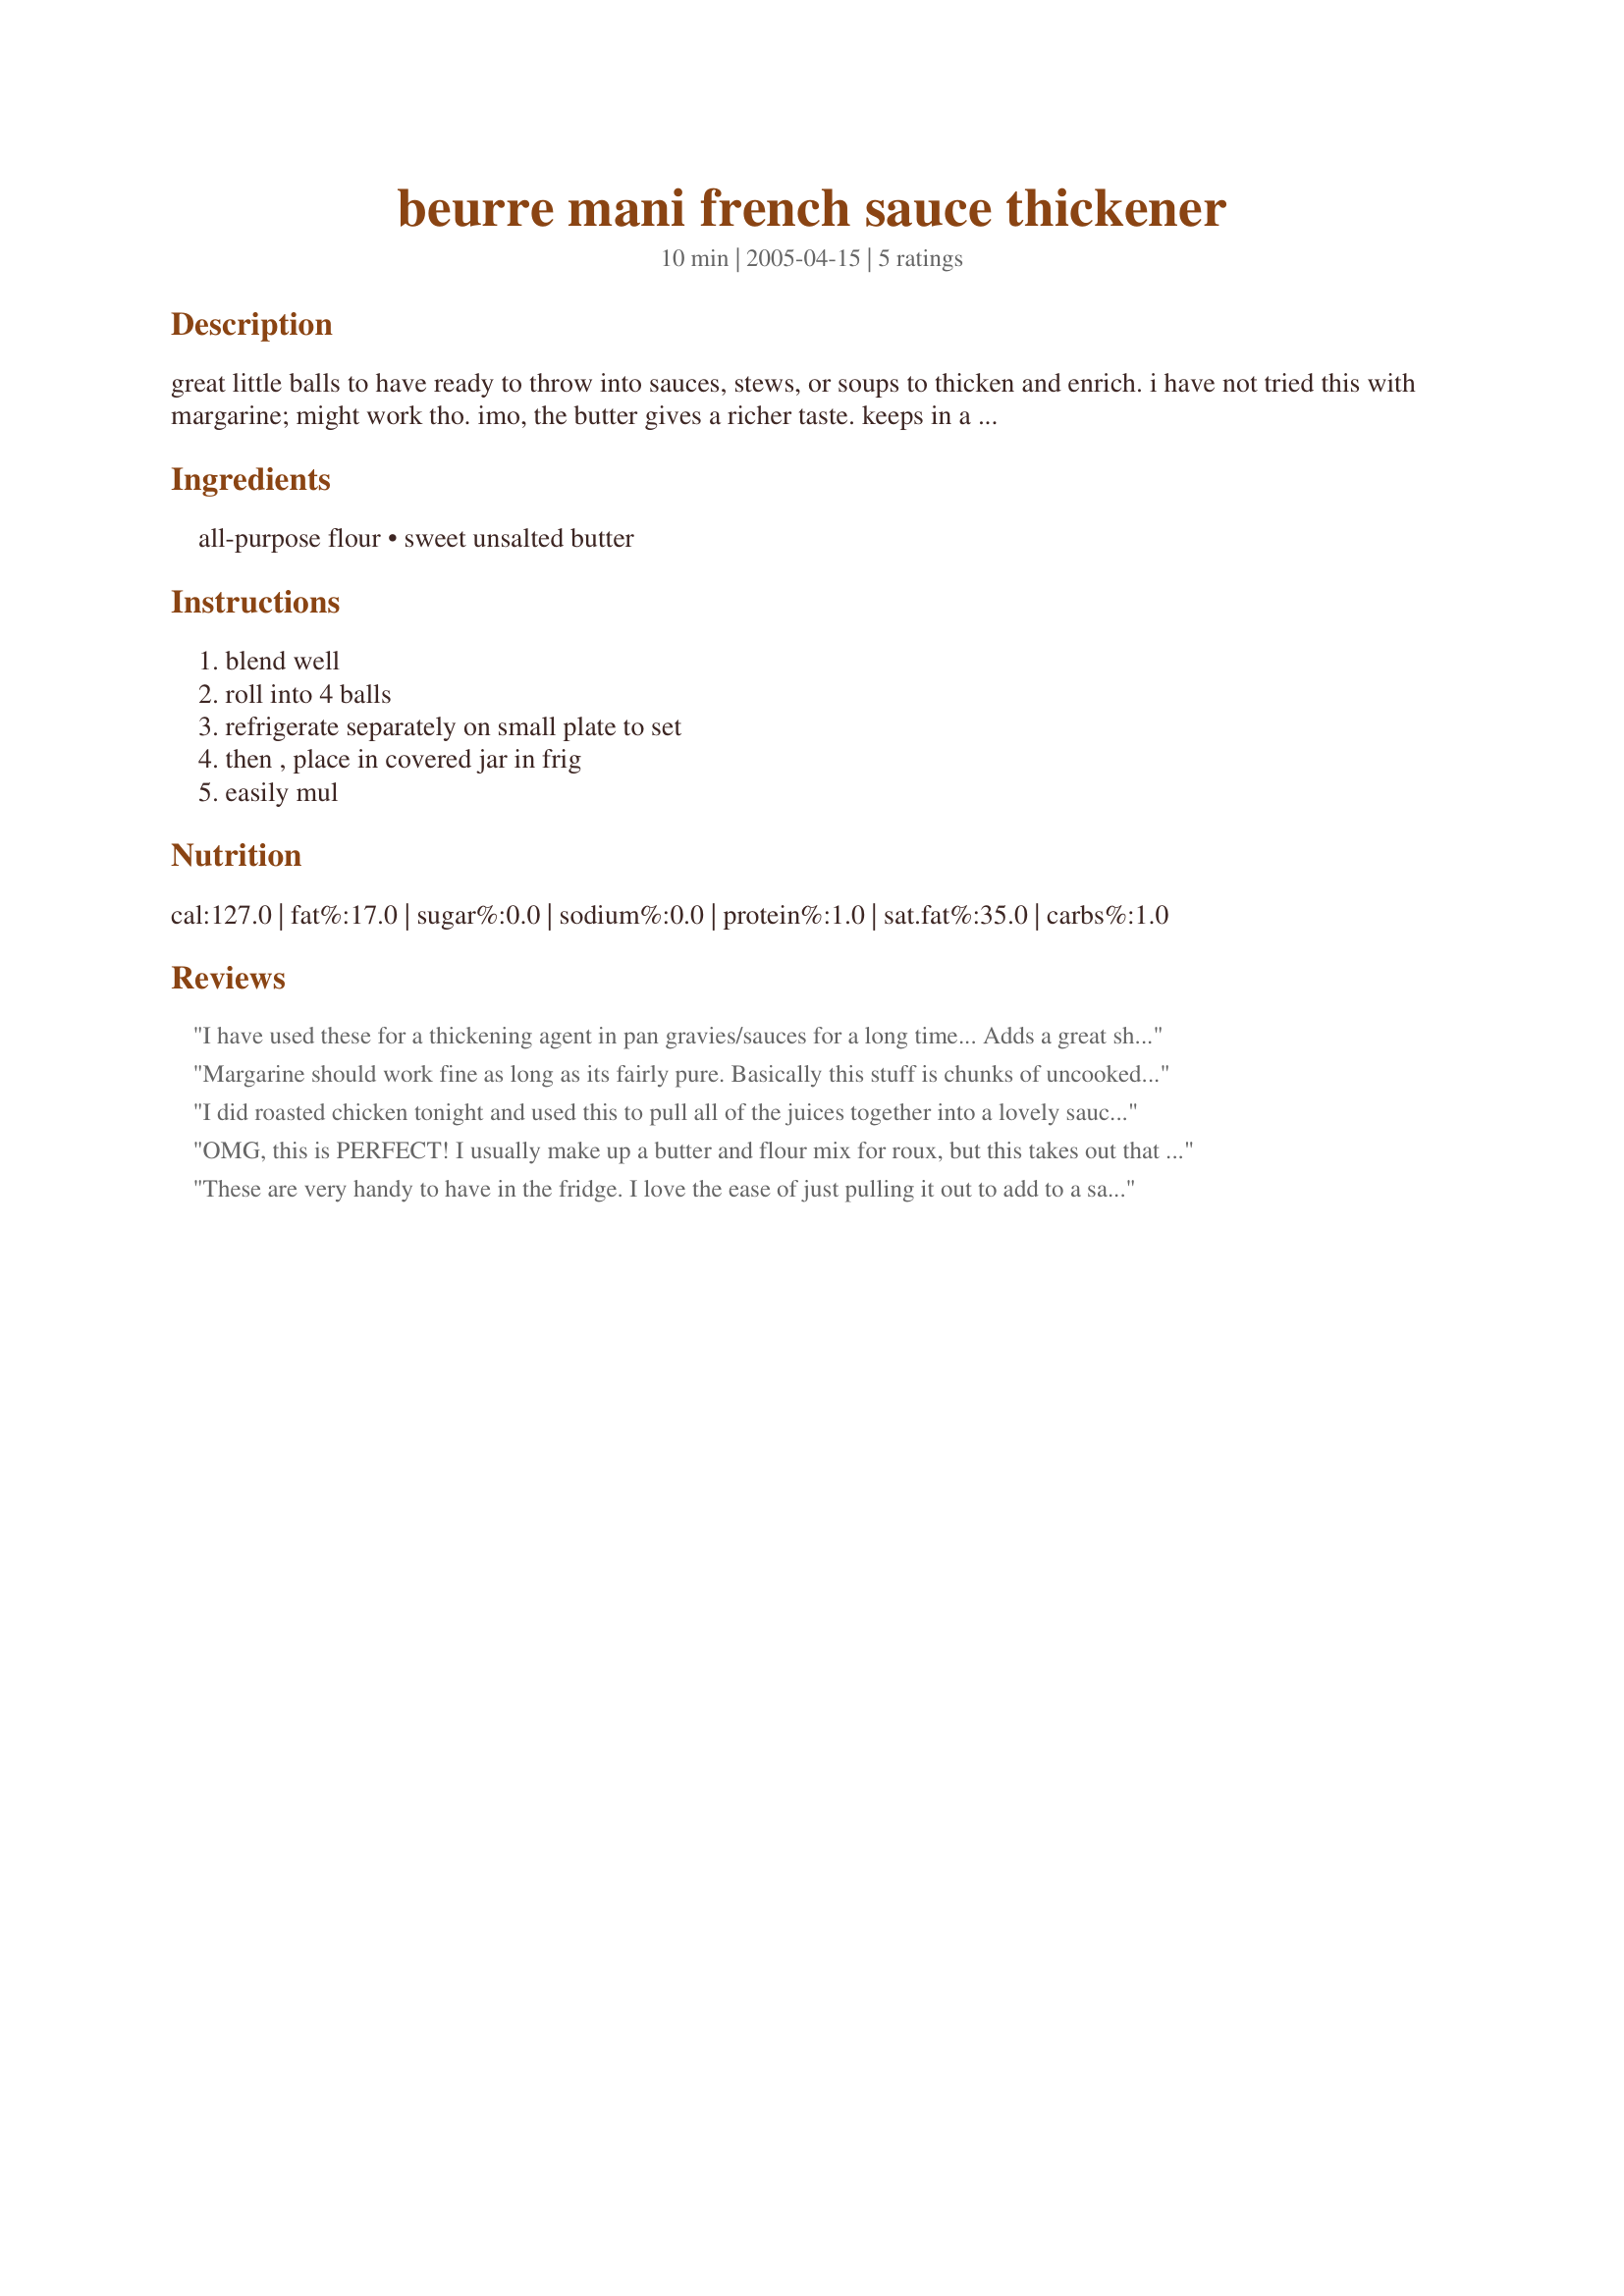
beurre mani french sauce thickener
Preparation time: 10 minutes

great little balls to have ready to throw into sauces, stews, or soups to thicken and enrich. i have not tried this with margarine; might work tho. imo, the butter gives a richer taste. keeps in a refrigerated jar for up to 3 weeks.

Ingredients:
all-purpose flour, sweet unsalted butter

Steps:
blend well, roll into 4 balls, refrigerate separately on small plate to set, then , place in covered jar in frig, easily mul

Reviews:
I have used these for a thickening agent in pan gravies/sauces for a long time... Adds a great sheen to the sauce too!
Margarine should work fine as long as its fairly pure. Basically this stuff is chunks of uncooked roux, and the oil just helps the flour distribute well without clumping up. Make sure to leave time to let the raw flour flavor cook out after tossing in the buerre manie. For maximum thickening power from your starch, the liquid must reach a boil for a moment.
I did roasted chicken tonight and used this to pull all of the juices together into a lovely sauce after skimming the fat. It worked nicely and tasted very good but to be honest it took all four balls to do the job. If you look at it from a heart healthy aspect I'm not sure that skimming off all of the fat you can and replacing it with butter is getting you any farther ahead. That said, if you aren't needing to deal with such problems this is grand stuff.
OMG, this is PERFECT! I usually make up a butter and flour mix for roux, but this takes out that little extra bit of time it takes to mix it up, having them on hand in the fridge! I love it! Thank you!
These are very handy to have in the fridge. I love the ease of just pulling it out to add to a sauce.Thanks for sharing the idea Caroline!
